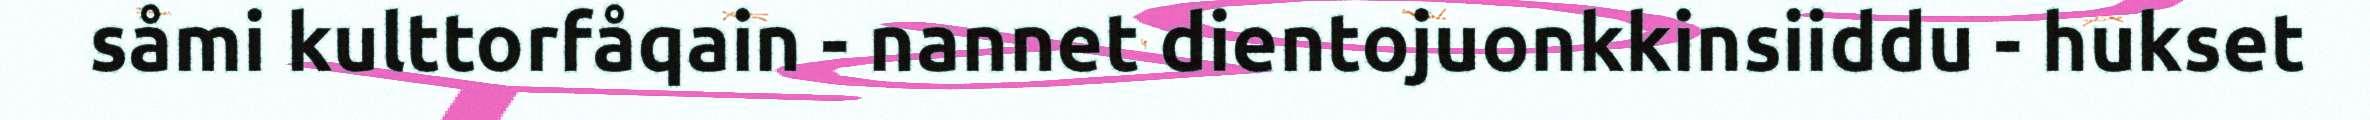
såmi kulttorfåqain - nannet dientojuonkkinsiiddu - hukset